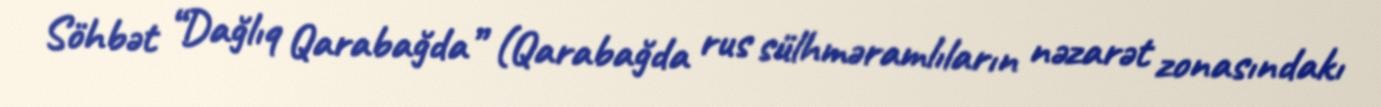
Söhbət “Dağlıq Qarabağda” (Qarabağda rus sülhməramlıların nəzarət zonasındakı